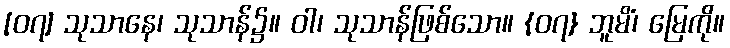
[၀၇] သုသာနေ၊ သုသာန်၌။ ဝါ၊ သုသာန်ဖြစ်သော။ {၀၇} ဘူမိံ၊ မြေကို။